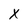
Character: x